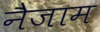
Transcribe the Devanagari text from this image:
नैजाम